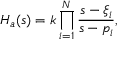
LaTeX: H _ { a } ( s ) = k \prod _ { i = 1 } ^ { N } { \frac { s - \xi _ { i } } { s - p _ { i } } } ,